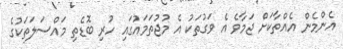
އެންމެން އެއްތާކަށް ޖަމާވެ އެ ވަގުތަކު އެ މުޖުތަމައުގައި ހުރި ބޮޑެތި މައްސަލަތަކުގެ